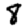
Digit: 8